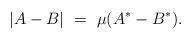
LaTeX: \begin{align*}|A - B|\ =\ \mu(A^* - B^*).\end{align*}